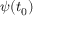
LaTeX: \psi ( t _ { 0 } )